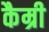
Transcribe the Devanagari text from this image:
कैम्री